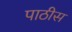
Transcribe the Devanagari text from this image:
पाठीस